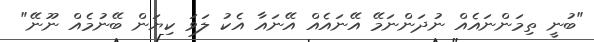
"ބުނީ ތިމަންނައެއް ނުދަންނަމޭ އޭނައެއް އޭނައާ އެކު ލަވަ ކިޔަން ބޭނުމެއް ނޫނޭ"